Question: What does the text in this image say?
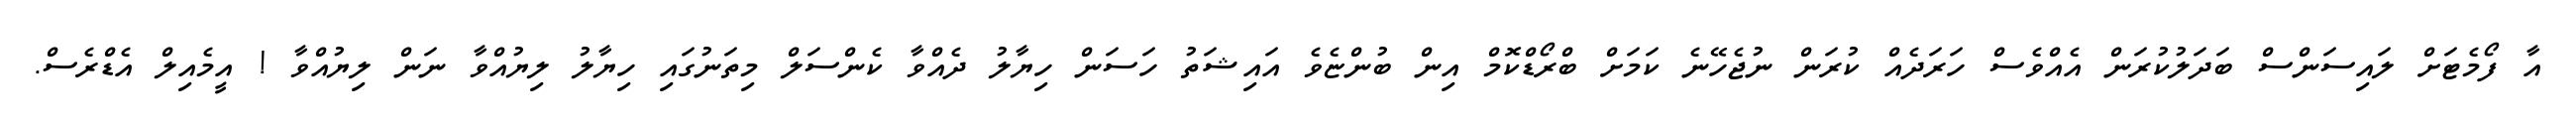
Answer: އާ ފޯމެޓަށް ލައިސަންސް ބަދަލުކުރަން އެއްވެސް ހަރަދެއް ކުރަން ނުޖެހޭނެ ކަމަށް ބްރޯޑްކޮމް އިން ބުންޏެވެ އައިޝަތު ހަސަން ހިޔާލު ދެއްވާ ކެންސަލް މިތަނުގައި ހިޔާލު ލިޔުއްވާ ނަން ލިޔުއްވާ ! އީމެއިލް އެޑްރެސް.